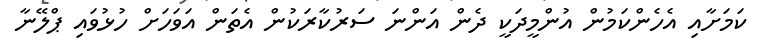
ކަމަށާއި އެހެންކަމުން އުންމީދަކީ ދެން އަންނަ ސަރުކާރަކުން އެތަން އަވަހަށް ހުޅުވައި ޕްލޭނާ